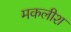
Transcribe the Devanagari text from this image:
मकलीश